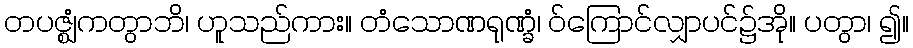
တပဇ္ဈံကတွာဘိ၊ ဟူသည်ကား။ တံသောဏရုဏ္ခံ၊ ဝ်ကြောင်လျှာပင်၌အို။ ပတွာ၊ ၍။